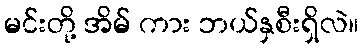
မင်းတို့ အိမ် ကား ဘယ်နှစီးရှိလဲ။